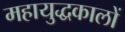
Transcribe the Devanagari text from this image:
महायुद्धकालों